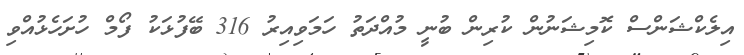
އިލެކްޝަންސް ކޮމިޝަނުން ކުރިން ބުނީ މުއްދަތު ހަމަވިއިރު 316 ބޭފުޅަކު ފޯމް ހުށަހެޅުއްވި